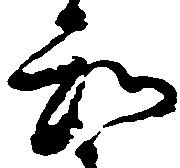
知